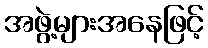
အဖွဲ့များအနေဖြင့်